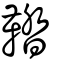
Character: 鞜